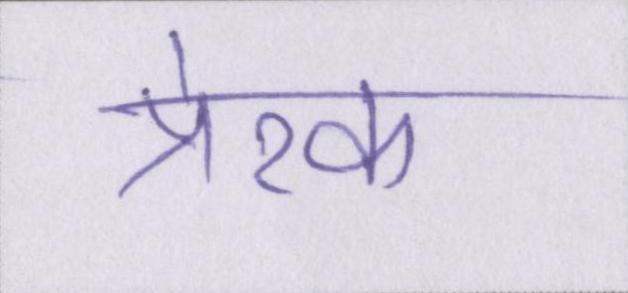
प्रेरक